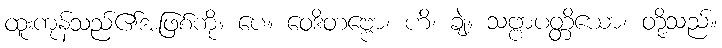
ထူးကုန်သည်၏အဖြစ်ကို။ ပေ။ ဝေဒိတဗ္ဗော၊ ဟိ၊ ချဲ့။ သဗ္ဗာပတ္တိယော၊ တို့သည်။